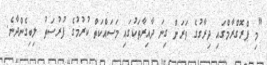
"މި ޕްރޮގްރާމްގައި ދިރާގުގެ ވަރަށް ގިނަ ދާއިރާތަކުގައި މަސައްކަތް ކުރުމުގެ ފުރުސަތު ލިބިގެންދާނެ.